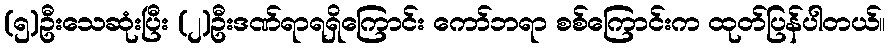
(၅)ဦးသေဆုံးပြီး (၂)ဦးဒဏ်ရာရရှိကြောင်း ကော်ဘရာ စစ်ကြောင်းက ထုတ်ပြန်ပါတယ်။